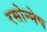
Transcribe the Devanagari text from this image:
रसोन्मेष